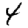
Digit: 4